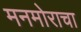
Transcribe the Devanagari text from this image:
मनमोराचा